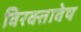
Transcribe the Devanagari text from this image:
विरक्तावेष